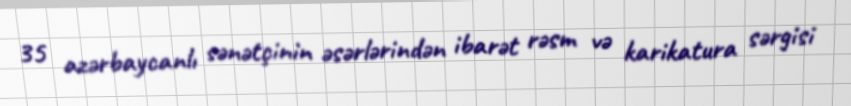
35 azərbaycanlı sənətçinin əsərlərindən ibarət rəsm və karikatura sərgisi